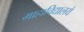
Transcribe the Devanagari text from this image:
माहाविद्यालये